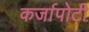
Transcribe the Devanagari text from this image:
कर्जापोटी